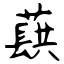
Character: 蕻